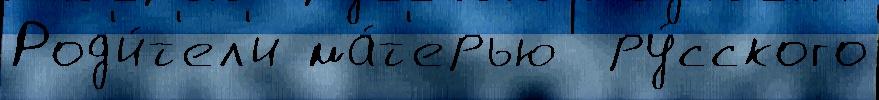
Род'и́т'ел'и ма́т'ерью  ру́сского